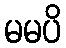
မမပိ